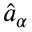
\hat { a } _ { \alpha }